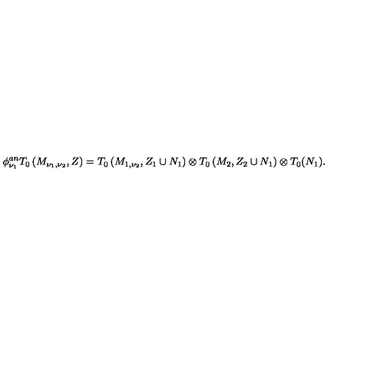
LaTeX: \phi _ { \nu _ { 1 } } ^ { a n } T _ { 0 } \left( M _ { \nu _ { 1 } , \nu _ { 2 } } , Z \right) = T _ { 0 } \left( M _ { 1 , \nu _ { 2 } } , Z _ { 1 } \cup N _ { 1 } \right) \otimes T _ { 0 } \left( M _ { 2 } , Z _ { 2 } \cup N _ { 1 } \right) \otimes T _ { 0 } ( N _ { 1 } ) .